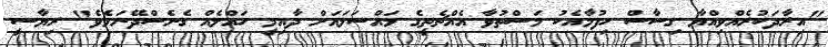
"އިރާދަކުރެއްވިއްޔާ ގިސާސް ހިފުމާއެކު މަސްތުވާ އެއްޗެތީގެ މައްސަލައަށް ދާއިމީ ހައްލެއް ގެނެސްދޭނަމެވެ" ރިޔާސީ